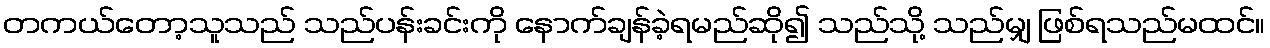
တကယ်တော့သူသည် သည်ပန်းခင်းကို နောက်ချန်ခဲ့ရမည်ဆို၍ သည်သို့ သည်မျှ ဖြစ်ရသည်မထင်။